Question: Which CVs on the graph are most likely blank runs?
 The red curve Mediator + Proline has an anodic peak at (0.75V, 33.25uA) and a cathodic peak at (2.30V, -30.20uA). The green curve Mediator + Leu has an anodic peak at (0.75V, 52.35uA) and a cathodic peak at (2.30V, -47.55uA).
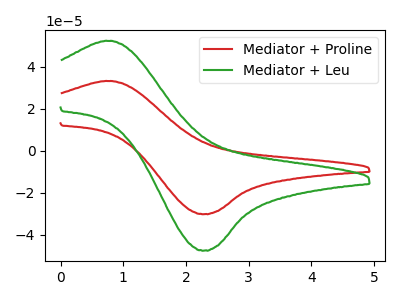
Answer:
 <answer>There are not any CV's on this graph that are likely to be blanks.</answer>
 <eval>none</eval>